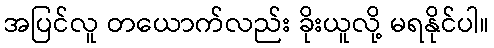
အပြင်လူ တယောက်လည်း ခိုးယူလို့ မရနိုင်ပါ။